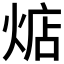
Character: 𱫛